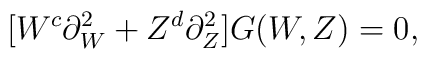
[W^c\partial^2_W+Z^d\partial^2_Z]G(W,Z)=0,